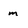
Character: m